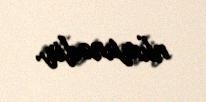
nümunədir.